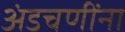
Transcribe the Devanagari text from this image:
अंडचणींना